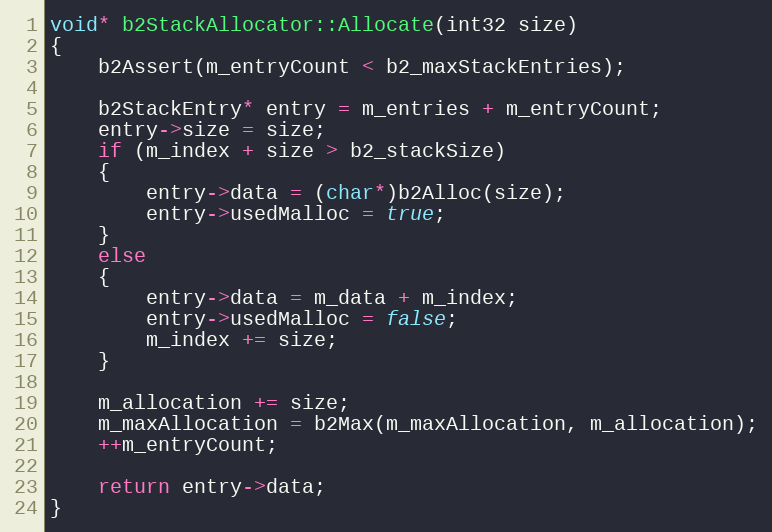
Language: C++
void* b2StackAllocator::Allocate(int32 size)
{
	b2Assert(m_entryCount < b2_maxStackEntries);

	b2StackEntry* entry = m_entries + m_entryCount;
	entry->size = size;
	if (m_index + size > b2_stackSize)
	{
		entry->data = (char*)b2Alloc(size);
		entry->usedMalloc = true;
	}
	else
	{
		entry->data = m_data + m_index;
		entry->usedMalloc = false;
		m_index += size;
	}

	m_allocation += size;
	m_maxAllocation = b2Max(m_maxAllocation, m_allocation);
	++m_entryCount;

	return entry->data;
}